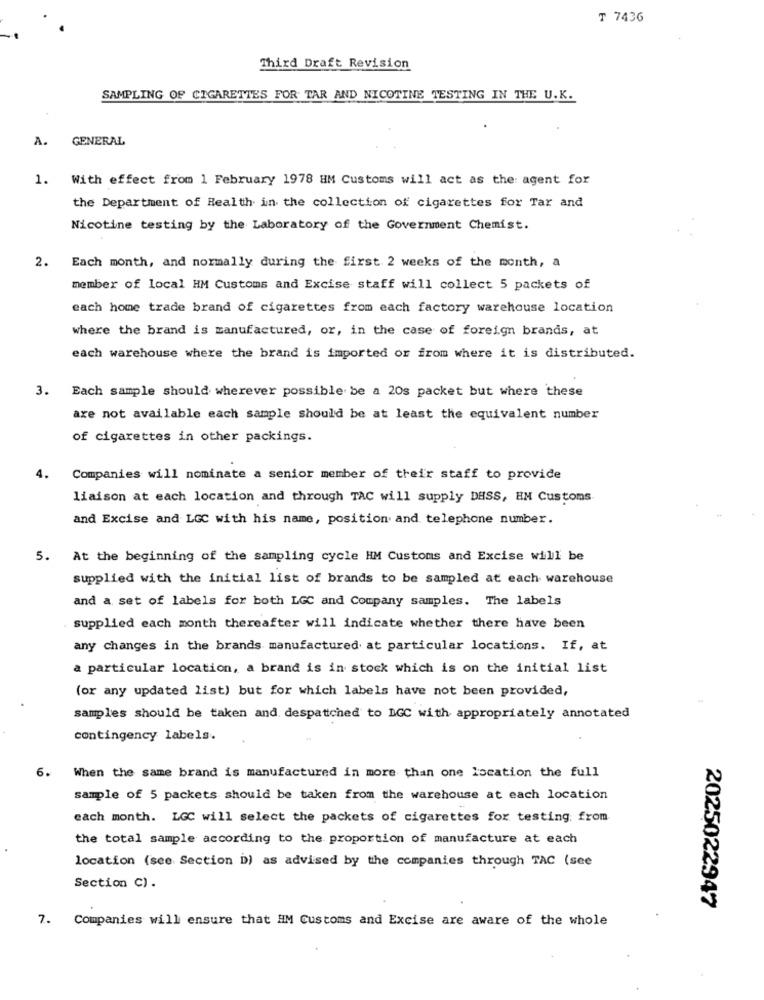
T 7436
Third Draft Revision
SAMPLING OF CIGARETTES FOR TAR AND NICOTINE TESTING IN THE U.K.
A.
GENERAL
1. With effect from 1 February 1978 HM Customs will act as the agent for
the Department of Health in the collection of cigarettes for Tar and
Nicotine testing by the Laboratory of the Government Chemist.
2. Each month, and normally during the first 2 weeks of the month, a
member of local HM Customs and Excise staff will collect 5 packets of
each home trade brand of cigarettes from each factory warehouse location
where the brand is manufactured, or, in the case of foreign brands, at
each warehouse where the brand is imported or from where it is distributed.
3. Each sample should wherever possible be a 20s packet but where these
are not available each sample should be at least the equivalent number
of cigarettes in other packings.
4.
Companies will nominate a senior member of their staff to provide
liaison at each location and through TAC will supply DASS, EM Customs
and Excise and LGC with his name, position and telephone number.
5. At the beginning of the sampling cycle HM Customs and Excise will be
supplied with the initial list of brands to be sampled at each warehouse
and a set of labels for both LGC and Company samples. The labels
supplied each month thereafter will indicate whether there have been
any changes in the brands manufactured at particular locations. If, at
a particular location, a brand is in stock which is on the initial list
(or any updated list) but for which labels have not been provided,
samples should be taken and despatched to DGC with appropriately annotated
contingency labels.
6.
When the same brand is manufactured in more than one location the full
sample of 5 packets should be taken from the warehouse at each location
each month. LGC will select the packets of cigarettes for testing: from
the total sample according to the proportion of manufacture at each
location (see Section D) as advised by the companies through TAC (see
Section C) .
2025022947
7. Companies will ensure that HM Customs and Excise are aware of the whole